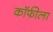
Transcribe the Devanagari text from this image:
कॉफीला